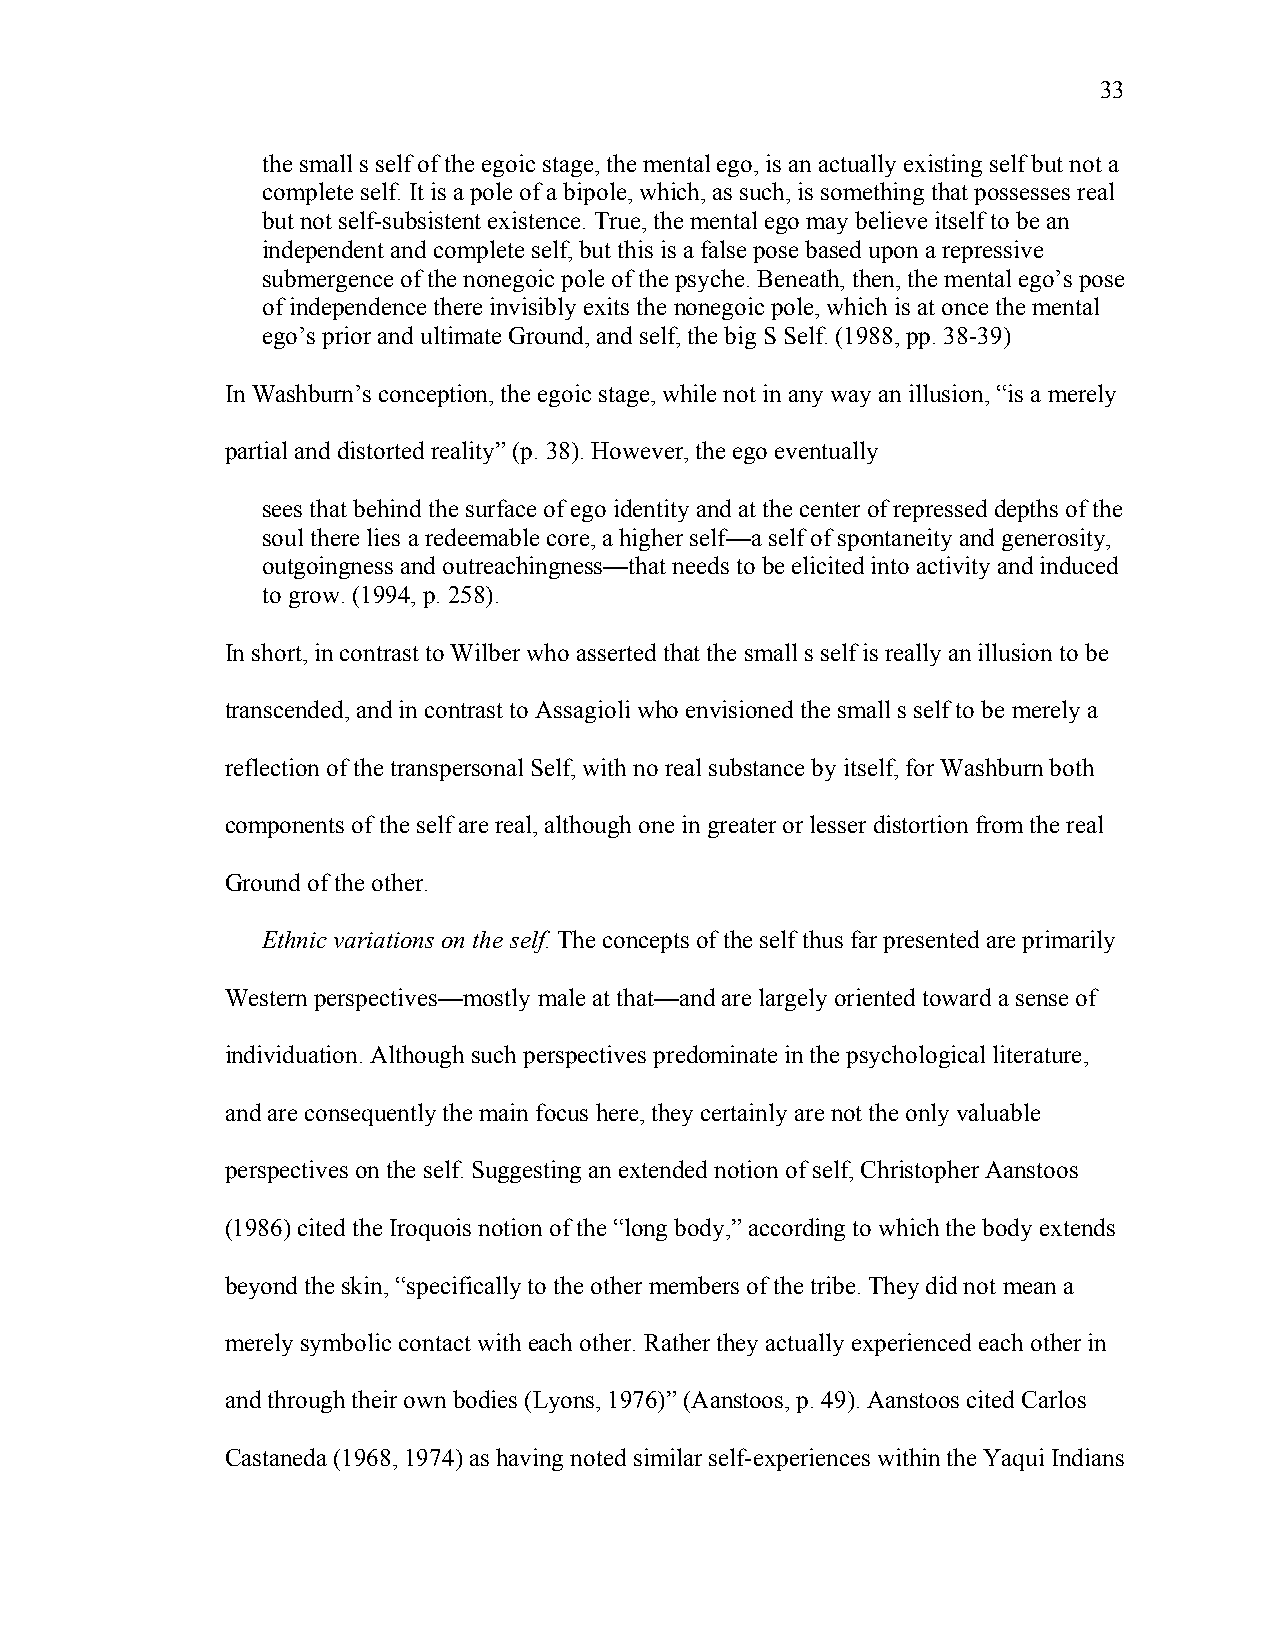
33
 the small s self of the egoic stage, the mental ego, is an actually existing self but not a
 complete self. It is a pole of a bipole, which, as such, is something that possesses real
 but not self-subsistent existence. True, the mental ego may believe itself to be an
 independent and complete self, but this is a false pose based upon a repressive
 submergence of the nonegoic pole of the psyche. Beneath, then, the mental ego’s pose
 of independence there invisibly exits the nonegoic pole, which is at once the mental
 ego’s prior and ultimate Ground, and self, the big S Self. (1988, pp. 38-39)
 In Washburn’s conception, the egoic stage, while not in any way an illusion, “is a merely
 partial and distorted reality” (p. 38). However, the ego eventually
 sees that behind the surface of ego identity and at the center of repressed depths of the
 soul there lies a redeemable core, a higher self—a self of spontaneity and generosity,
 outgoingness and outreachingness—that needs to be elicited into activity and induced
 to grow. (1994, p. 258).
 In short, in contrast to Wilber who asserted that the small s self is really an illusion to be
 transcended, and in contrast to Assagioli who envisioned the small s self to be merely a
 reflection of the transpersonal Self, with no real substance by itself, for Washburn both
 components of the self are real, although one in greater or lesser distortion from the real
 Ground of the other.
 Ethnic variations on the self. The concepts of the self thus far presented are primarily
 Western perspectives—mostly male at that—and are largely oriented toward a sense of
 individuation. Although such perspectives predominate in the psychological literature,
 and are consequently the main focus here, they certainly are not the only valuable
 perspectives on the self. Suggesting an extended notion of self, Christopher Aanstoos
 (1986) cited the Iroquois notion of the “long body,” according to which the body extends
 beyond the skin, “specifically to the other members of the tribe. They did not mean a
 merely symbolic contact with each other. Rather they actually experienced each other in
 and through their own bodies (Lyons, 1976)” (Aanstoos, p. 49). Aanstoos cited Carlos
 Castaneda (1968, 1974) as having noted similar self-experiences within the Yaqui Indians